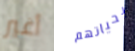
أغير بحياتهم